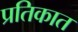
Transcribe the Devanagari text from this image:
प्रतिकात